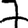
Digit: 7